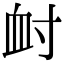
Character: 𡬪